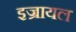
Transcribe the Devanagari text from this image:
इज्रायल